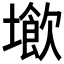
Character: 𡑨